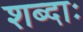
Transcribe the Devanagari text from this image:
शब्दाः